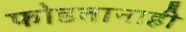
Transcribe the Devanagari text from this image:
फोडतानाही